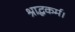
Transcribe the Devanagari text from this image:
श्राद्धकर्म।